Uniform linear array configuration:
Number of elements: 64
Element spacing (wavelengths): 0.25
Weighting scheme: binomial
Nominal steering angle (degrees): -15
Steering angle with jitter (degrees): -16.469
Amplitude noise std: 0.05
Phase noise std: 0.05

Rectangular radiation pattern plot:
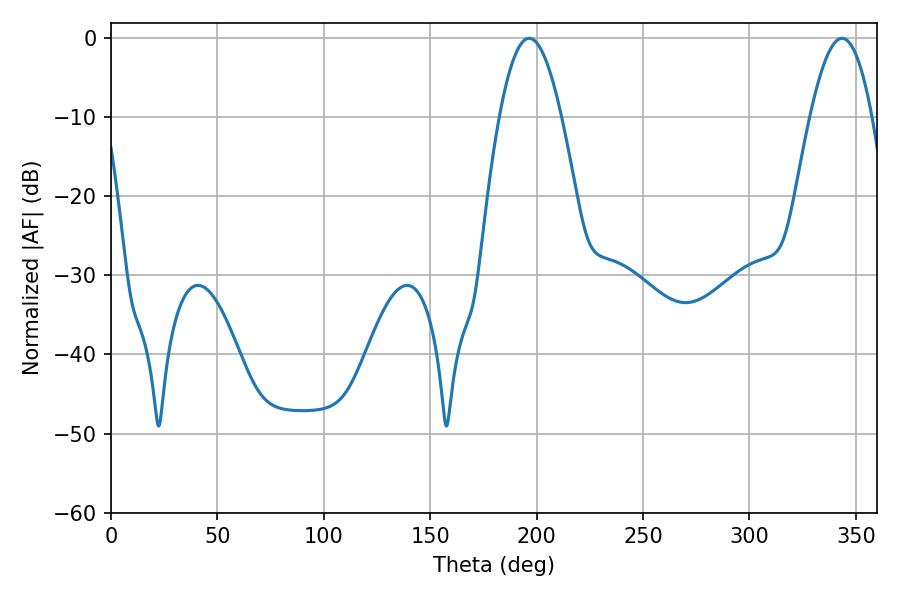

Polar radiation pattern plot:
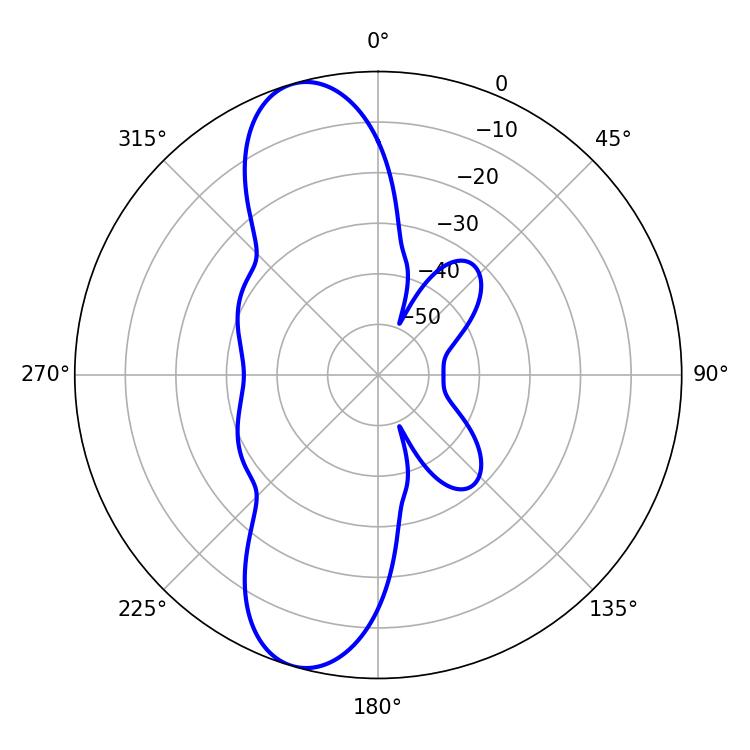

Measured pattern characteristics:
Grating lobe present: FALSE
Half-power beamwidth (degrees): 15.84
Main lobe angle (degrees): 196.56